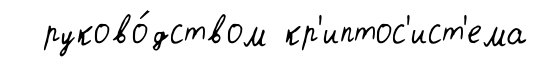
руково́дством кр'иптос'ист'ема